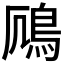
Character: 𫚯